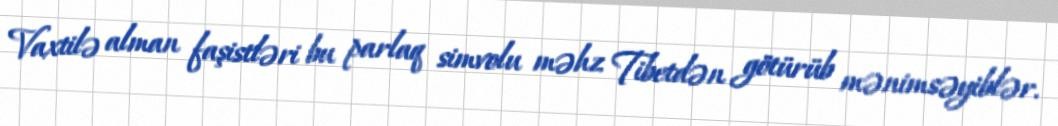
Vaxtilə alman faşistləri bu parlaq simvolu məhz Tibetdən götürüb mənimsəyiblər.